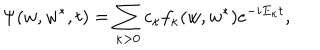
\Psi ( w , w ^ { \ast } , t ) = \sum _ { \kappa > 0 } ^ { } c _ { \kappa } f _ { \kappa } ( w , w ^ { \ast } ) e ^ { - i E _ { \kappa } t } ,